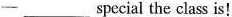
一___special the class is!